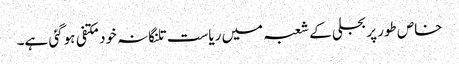
خاص طور پر بجلی کے شعبہ میں ریاست تلنگانہ خود مکتفی ہوگئی ہے۔